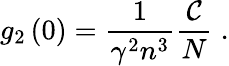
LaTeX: g_{2}\left(0\right)=\frac{1}{\gamma^{2}n^{3}}\frac{\mathcal{C}}{N}\; .